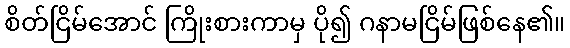
စိတ်ငြိမ်အောင် ကြိုးစားကာမှ ပို၍ ဂနာမငြိမ်ဖြစ်နေ၏။